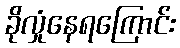
ခိုလှုံနေရကြောင်း